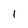
Character: l